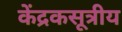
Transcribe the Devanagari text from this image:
केंद्रकसूत्रीय